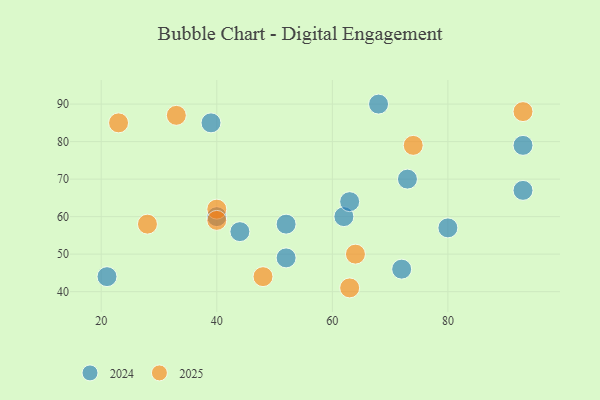
{"axis": {"x": "GDP", "y": "Life Expectancy"}, "legend": ["2024", "2025"], "data": [{"x": "52", "y": 58, "type": "2024"}, {"x": "68", "y": 90, "type": "2024"}, {"x": "80", "y": 57, "type": "2024"}, {"x": "93", "y": 67, "type": "2024"}, {"x": "52", "y": 49, "type": "2024"}, {"x": "62", "y": 60, "type": "2024"}, {"x": "44", "y": 56, "type": "2024"}, {"x": "40", "y": 60, "type": "2024"}, {"x": "21", "y": 44, "type": "2024"}, {"x": "72", "y": 46, "type": "2024"}, {"x": "63", "y": 64, "type": "2024"}, {"x": "73", "y": 70, "type": "2024"}, {"x": "93", "y": 79, "type": "2024"}, {"x": "39", "y": 85, "type": "2024"}, {"x": "33", "y": 87, "type": "2025"}, {"x": "40", "y": 62, "type": "2025"}, {"x": "40", "y": 59, "type": "2025"}, {"x": "28", "y": 58, "type": "2025"}, {"x": "93", "y": 88, "type": "2025"}, {"x": "63", "y": 41, "type": "2025"}, {"x": "64", "y": 50, "type": "2025"}, {"x": "74", "y": 79, "type": "2025"}, {"x": "23", "y": 85, "type": "2025"}, {"x": "48", "y": 44, "type": "2025"}]}